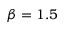
\beta = 1 . 5